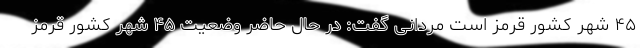
۴۵ شهر کشور قرمز است مردانی گفت: در حال حاضر وضعیت ۴۵ شهر کشور قرمز